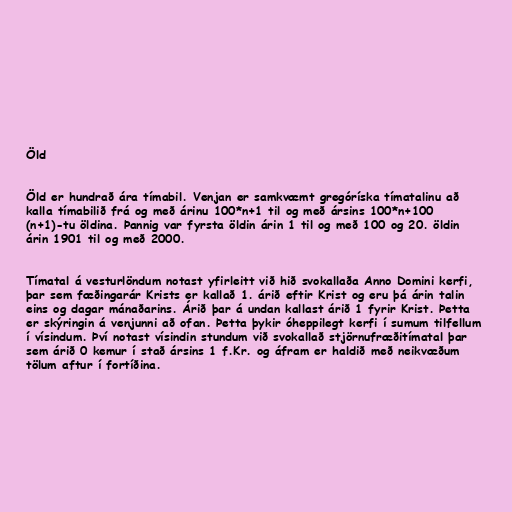
Öld

Öld er hundrað ára tímabil. Venjan er samkvæmt gregóríska tímatalinu að
kalla tímabilið frá og með árinu 100*n+1 til og með ársins 100*n+100
(n+1)-tu öldina. Þannig var fyrsta öldin árin 1 til og með 100 og 20. öldin
árin 1901 til og með 2000.

Tímatal á vesturlöndum notast yfirleitt við hið svokallaða Anno Domini kerfi,
þar sem fæðingarár Krists er kallað 1. árið eftir Krist og eru þá árin talin
eins og dagar mánaðarins. Árið þar á undan kallast árið 1 fyrir Krist. Þetta
er skýringin á venjunni að ofan. Þetta þykir óheppilegt kerfi í sumum tilfellum
í vísindum. Því notast vísindin stundum við svokallað stjörnufræðitímatal þar
sem árið 0 kemur í stað ársins 1 f.Kr. og áfram er haldið með neikvæðum
tölum aftur í fortíðina.